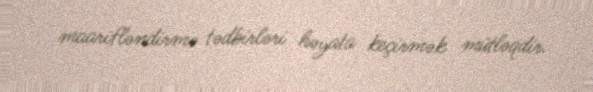
maarifləndirmə tədbirləri həyata keçirmək mütləqdir.